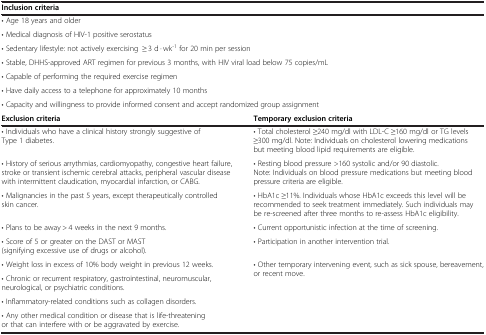
| <COLSPAN=2> Inclusion criteria |
 | --- | --- |
 | <COLSPAN=2> • Age 18 years and older |
 | <COLSPAN=2> • Medical diagnosis of HIV-1 positive serostatus |
 | <COLSPAN=2> • Sedentary lifestyle: not actively exercising≥ 3 d · wk-1 for 20 min per session |
 | <COLSPAN=2> • Stable, DHHS-approved ART regimen for previous 3 months, with HIV viral load below 75 copies/mL |
 | <COLSPAN=2> • Capable of performing the required exercise regimen |
 | <COLSPAN=2> • Have daily access to a telephone for approximately 10 months |
 | <COLSPAN=2> • Capacity and willingness to provide informed consent and accept randomized group assignment |
 | Exclusion criteria | Temporary exclusion criteria |
 | • Individuals who have a clinical history strongly suggestive of Type 1 diabetes. | • Total cholesterol ≥240 mg/dl with LDL-C ≥160 mg/dl or TG levels ≥300 mg/dl. Note: Individuals on cholesterol lowering medications but meeting blood lipid requirements are eligible. |
 | • History of serious arrythmias, cardiomyopathy, congestive heart failure, stroke or transient ischemic cerebral attacks, peripheral vascular disease with intermittent claudication, myocardial infarction, or CABG. | • Resting blood pressure >160 systolic and/or 90 diastolic. Note: Individuals on blood pressure medications but meeting blood pressure criteria are eligible. |
 | • Malignancies in the past 5 years, except therapeutically controlled skin cancer. | • HbA1c ≥11%. Individuals whose HbA1c exceeds this level will be recommended to seek treatment immediately. Such individuals may be re-screened after three months to re-assess HbA1c eligibility. |
 | • Plans to be away > 4 weeks in the next 9 months. | • Current opportunistic infection at the time of screening. |
 | • Score of 5 or greater on the DAST or MAST (signifying excessive use of drugs or alcohol). | • Participation in another intervention trial. |
 | • Weight loss in excess of 10% body weight in previous 12 weeks. | <ROWSPAN=4> • Other temporary intervening event, such as sick spouse, bereavement, or recent move. |
 | • Chronic or recurrent respiratory, gastrointestinal, neuromuscular, neurological, or psychiatric conditions. |
 | • Inflammatory-related conditions such as collagen disorders. |
 | • Any other medical condition or disease that is life-threatening or that can interfere with or be aggravated by exercise. |